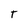
Character: T